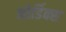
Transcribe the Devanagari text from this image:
नोर्डिक्स